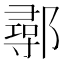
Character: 鄩